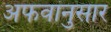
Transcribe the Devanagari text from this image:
अफवांनुसार